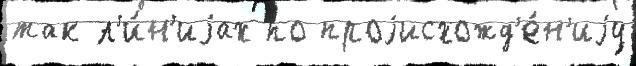
так л'и́н'иjах по проjисхожд'е́н'иjу